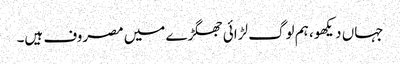
جہاں دیکھو، ہم لوگ لڑائی جھگڑے میں مصروف ہیں۔